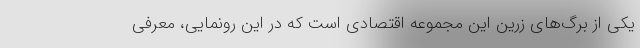
یکی از برگ‌های زرین این مجموعه اقتصادی است که در این رونمایی، معرفی